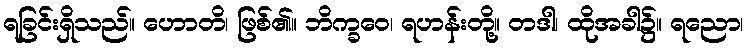
ရခြင်းရှိသည်။ ဟောတိ၊ ဖြစ်၏။ ဘိက္ခဝေ၊ ရဟန်းတို့။ တဒါ၊ ထိုအခါ၌။ ရညော၊